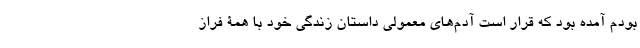
بودم آمده بود که قرار است آدم‌های معمولی داستان زندگی خود با همۀ فراز